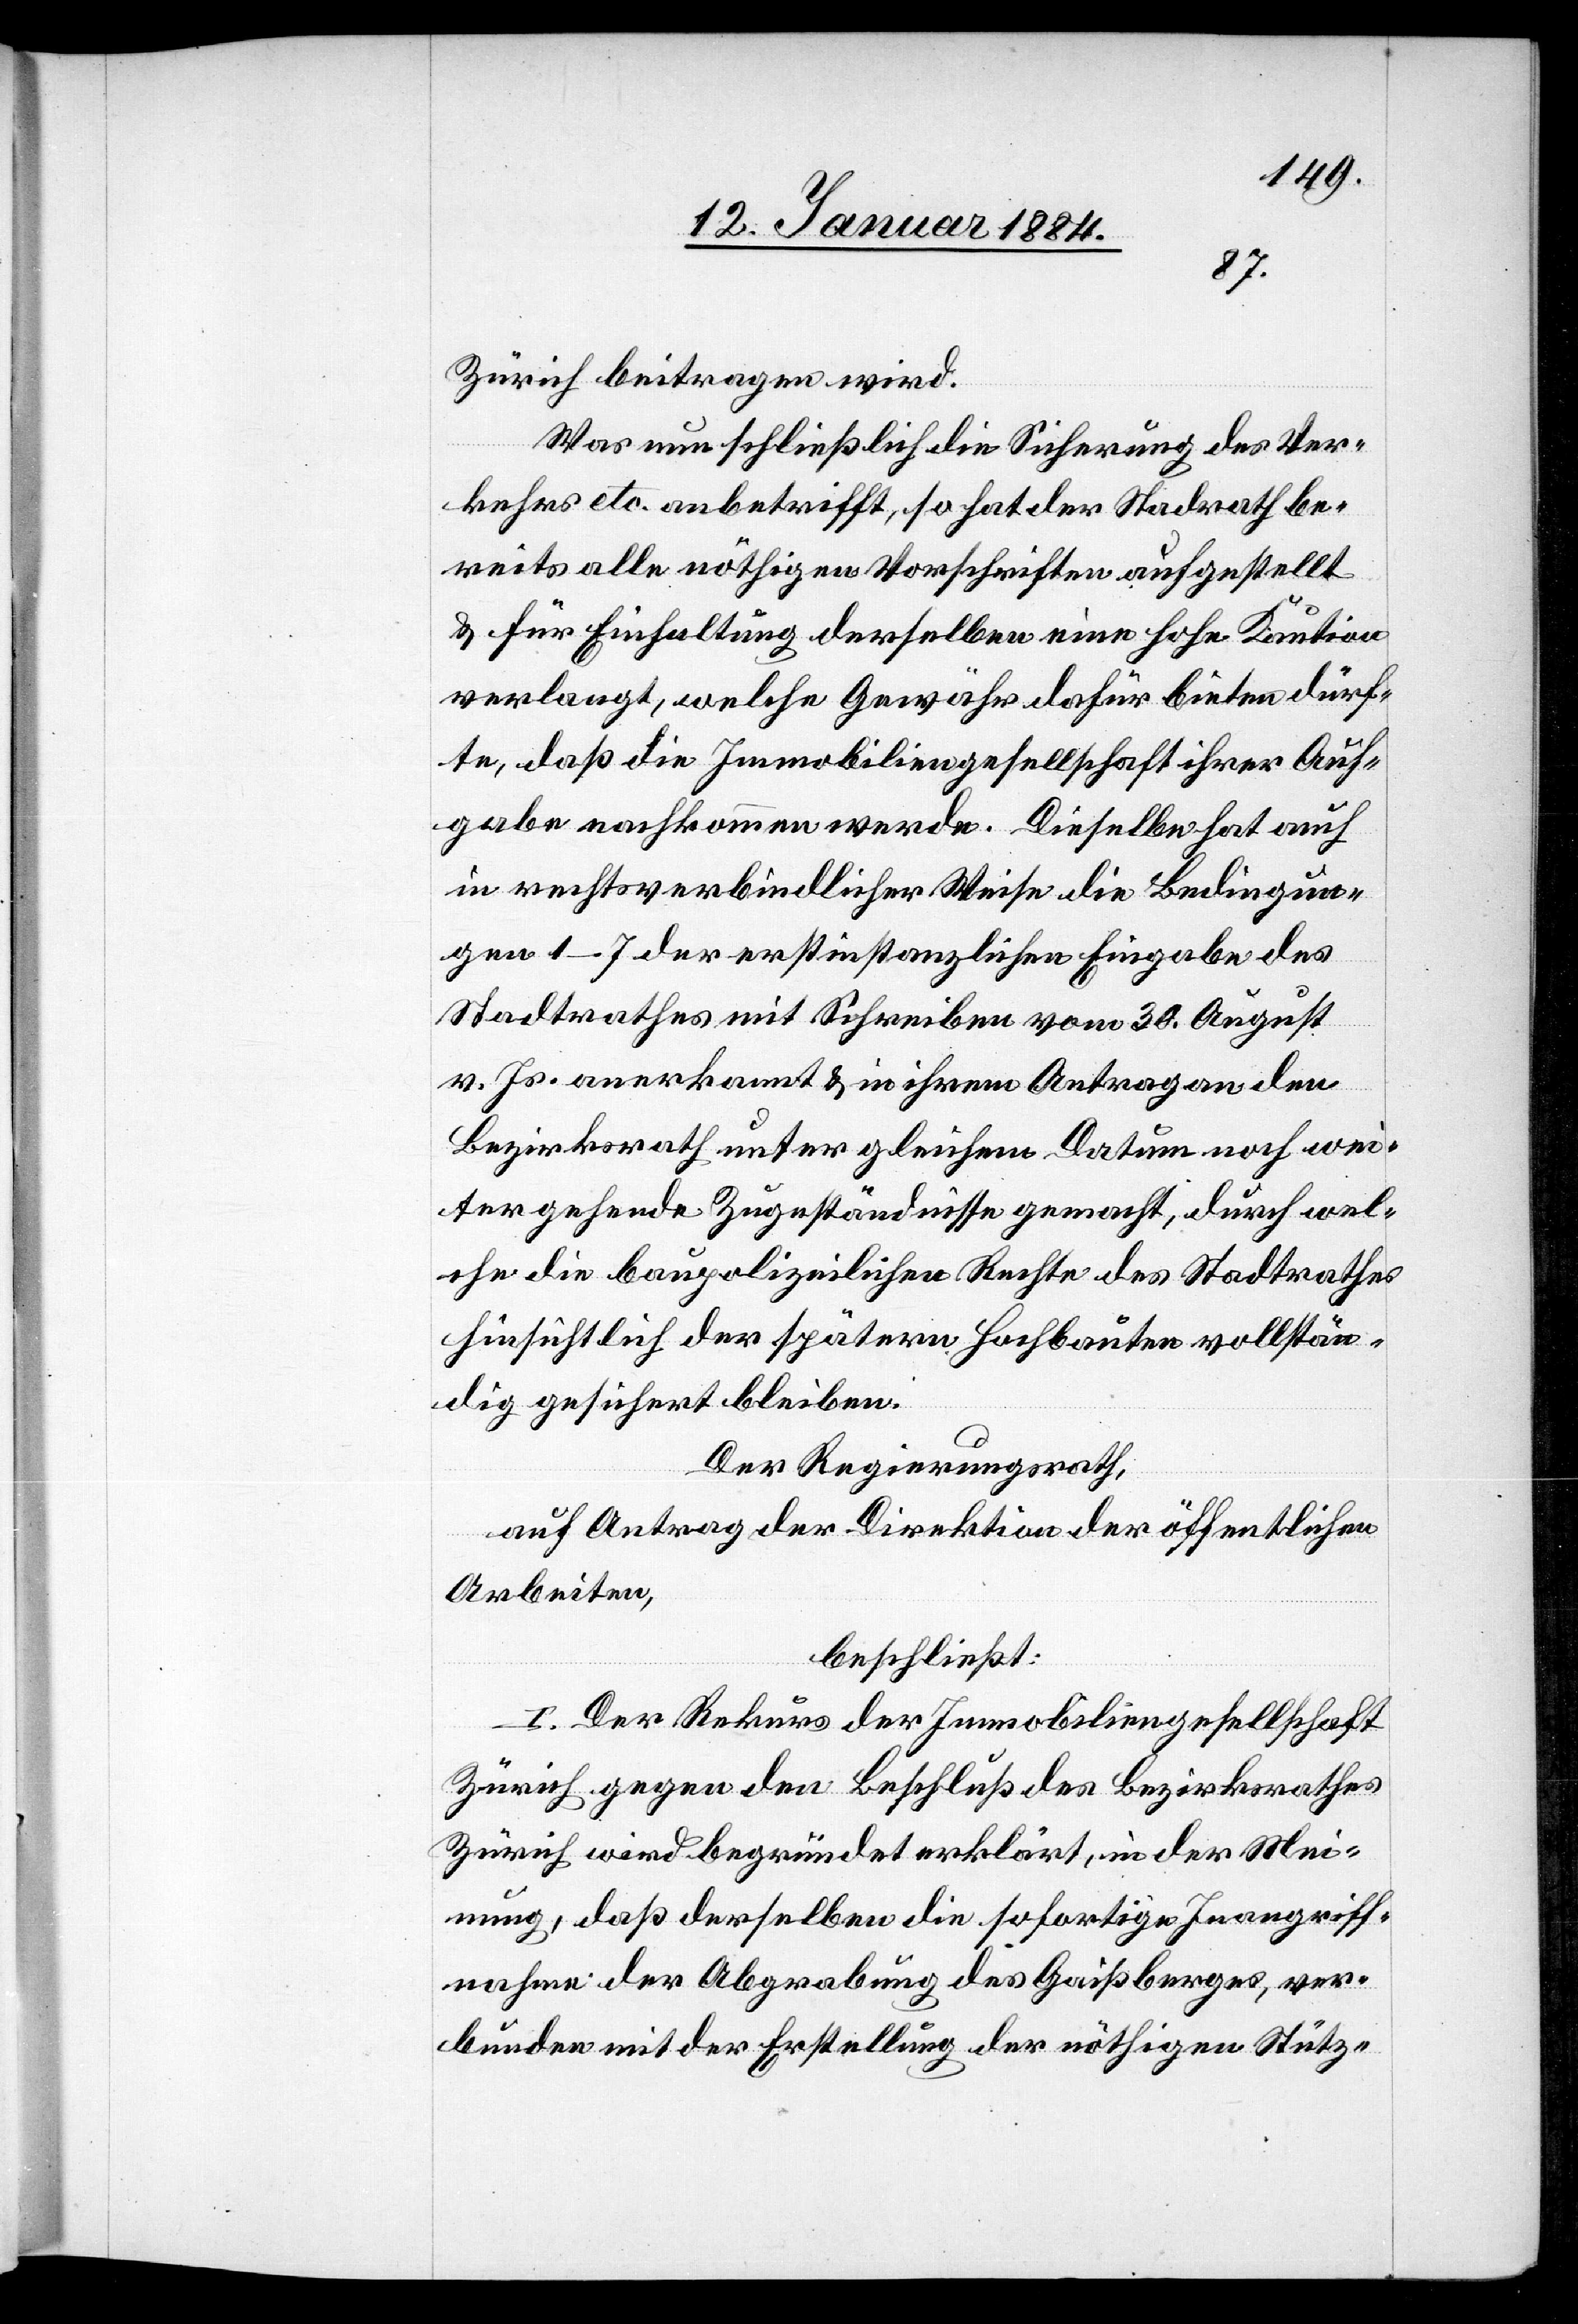
Zürich beitragen wird.
Was nun schließlich die Sicherung des Ver¬
kehrs etc. anbetrifft, so hat der Stadtrath be¬
reits alle nöthigen Vorschriften aufgestellt
& für Einhaltung derselben eine hohe Kaution
verlangt, welche Gewähr dafür bieten dürf¬
te, daß die Immobiliengesellschaft ihrer Auf¬
gabe nachkommen werde. Dieselbe hat auch
in rechtsverbindlicher Weise die Bedingun¬
gen 1–7 der erstinstanzlichen Eingabe des
Stadtrathes mit Schreiben vom 30. August
v. Js. anerkannt & in ihrem Antrage dem
Bezirksrath unter gleichem Datum noch wei¬
ter gehende Zugeständnisse gemacht, durch wel¬
che die baupolizeilichen Rechte des Stadtrathes
hinsichtlich der spätern Hochbaute vollstän¬
dig gesichert bleiben.
Der Regierungsrath,
auf Antrag der Direktion der öffentlichen
Arbeiten,
beschließt:
I. Der Rekurs der Immobiliengesellschaft
Zürich gegen den Beschluß des Bezirksrathes
Zürich wird begründet erklärt, in der Mei¬
nung, daß derselben die sofortige Inangriff¬
nahme der Abgrabung des Gaißberges, ver¬
bunden mit der Erstellung der nöthigen Stütz-